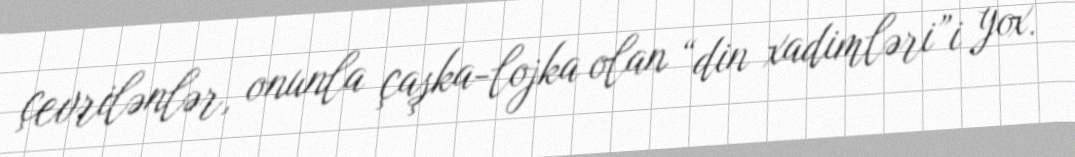
çevrilənlər, onunla çaşka-lojka olan “din xadimləri”i yox.